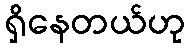
ရှိနေတယ်ဟု